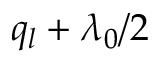
q _ { l } + \lambda _ { 0 } / 2